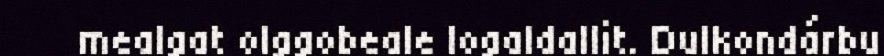
mealgat olggobeale logaldallit. Dulkondárbu